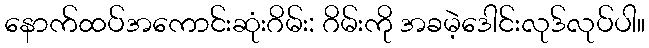
နောက်ထပ်အကောင်းဆုံးဂိမ်း: ဂိမ်းကို အခမဲ့ဒေါင်းလုဒ်လုပ်ပါ။